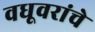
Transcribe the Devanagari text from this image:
वधूवरांचे